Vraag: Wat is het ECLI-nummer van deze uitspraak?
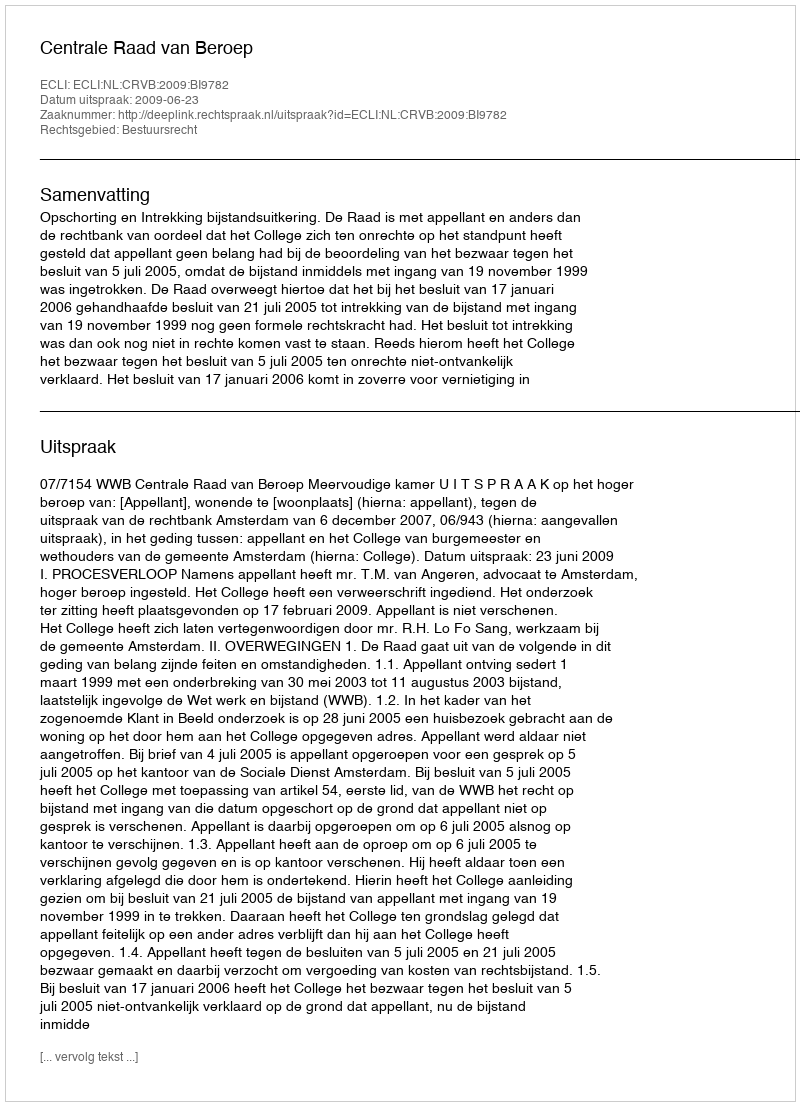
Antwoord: ECLI:NL:CRVB:2009:BI9782